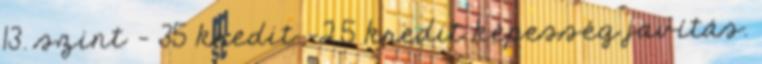
13. szint - 35 kredit -2,5 kredit képesség javítás.